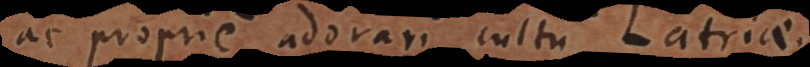
ac proprie adorari cultu Latriae.